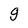
Character: g